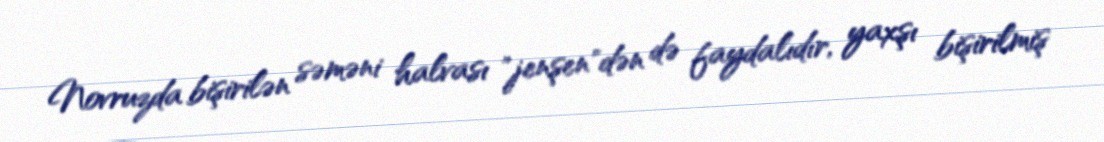
Novruzda bişirilən səməni halvası "jenşen"dən də faydalıdır, yaxşı bişirilmiş